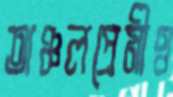
অঞ্চলপ্রেমীও